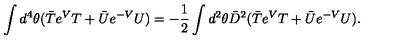
\int d ^ { 4 } \theta ( \bar { T } e ^ { V } T + \bar { U } e ^ { - V } U ) = - \frac { 1 } { 2 } \int d ^ { 2 } \theta \bar { D } ^ { 2 } ( \bar { T } e ^ { V } T + \bar { U } e ^ { - V } U ) .